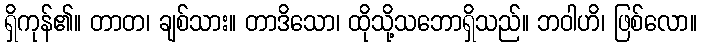
ရှိကုန်၏။ တာတ၊ ချစ်သား။ တာဒိသော၊ ထိုသို့သဘောရှိသည်။ ဘဝါဟိ၊ ဖြစ်လော။